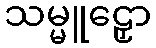
သမ္မူဠှော